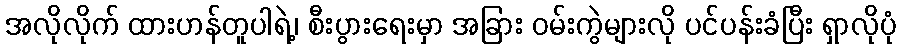
အလိုလိုက် ထားဟန်တူပါရဲ့၊ စီးပွားရေးမှာ အခြား ဝမ်းကွဲများလို ပင်ပန်းခံပြီး ရှာလိုပုံ